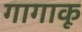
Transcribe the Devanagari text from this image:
गागाकू